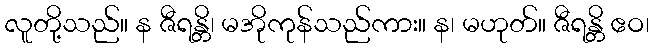
လူတို့သည်။ န ဇီရန္တိ၊ မအိုကုန်သည်ကား။ န၊ မဟုတ်။ ဇီရန္တိ ဧဝ၊